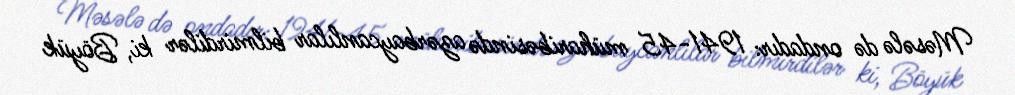
Məsələ də ondadır: 1941-45 müharibəsində azərbaycanlılar bilmirdilər ki, Böyük